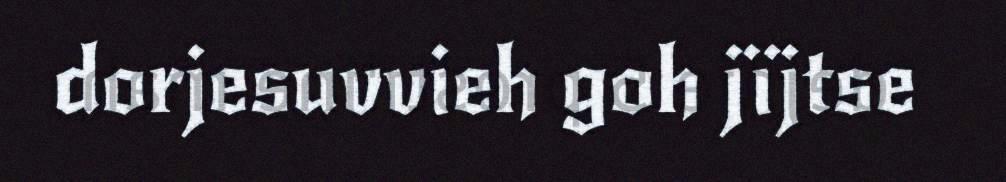
dorjesuvvieh goh jïjtse